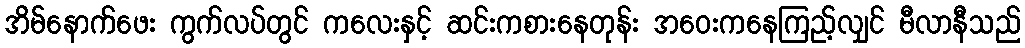
အိမ်နောက်ဖေး ကွက်လပ်တွင် ကလေးနှင့် ဆင်းကစားနေတုန်း အဝေးကနေကြည့်လျှင် မီလာနီသည်